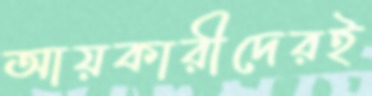
আয়কারীদেরই